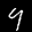
Label: 9